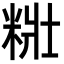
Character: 䊋